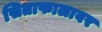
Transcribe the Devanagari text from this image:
सिताफालावर